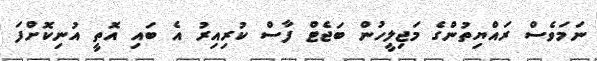
ނަމަވެސް ރައްޔިތުންގެ މަޖިލީހުން ބަޖެޓް ފާސް ކުރިއިރު އެ ބައި އޮތީ އުނިކޮށްފަ